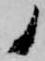
ノ